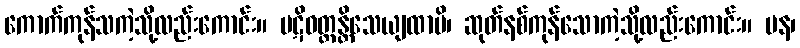
ကောက်ကုန်သကဲ့သို့လည်းကောင်း။ ပဋိဝတ္တန္တိသေယျထာပိ၊ ဆုတ်နစ်ကုန်သောကဲ့သို့လည်းကောင်း။ ပန၊